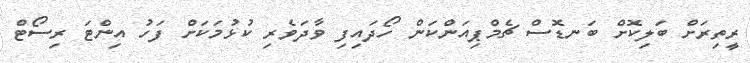
ރީތިރަށް ބަލިކޮށް ބަނޑޮސް ޗެމްޕިއަންކަން ހޯދައިފި ވާދަވެރި ކުޅުމަކަށް ފަހު އިންޓަ ރިސޯޓް